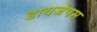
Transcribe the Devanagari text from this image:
डायजेपम